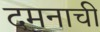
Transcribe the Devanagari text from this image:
दमनाची